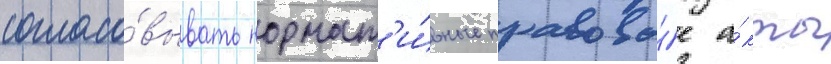
согласо́вывать нормат'и́вные правовы́е а́кты